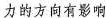
力的方向有影响